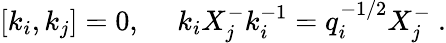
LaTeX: [k_{i},k_{j}]=0,~~~~~k_{i}X_{j}^{-}k_{i}^{-1}=q_{i}^{-1/2}X_{j}^{-}~.